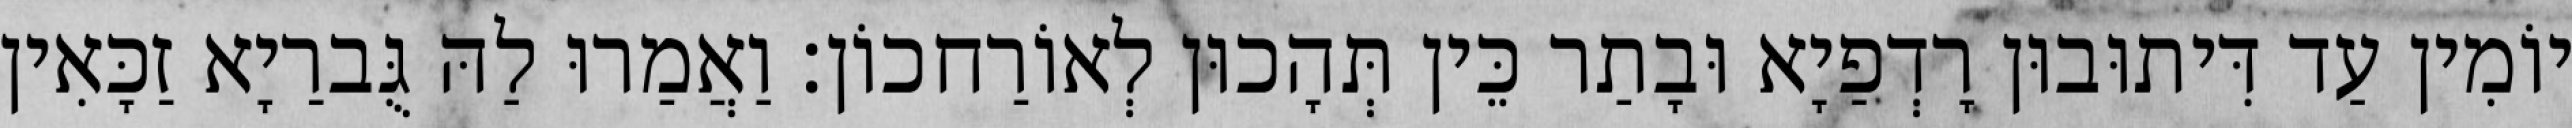
יוֹמִין עַד דִּיתוּבוּן רָדְפַיָא וּבָתַר כֵּין תְּהָכוּן לְאוֹרַחכוֹן׃ וַאֲמַרוּ לַהּ גֻּברַיָא זַכָּאִין